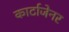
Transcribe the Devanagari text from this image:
कार्टाजेनर